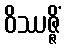
ဝိဿဇ္ဇိံ